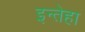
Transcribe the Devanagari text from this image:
इन्तेहा